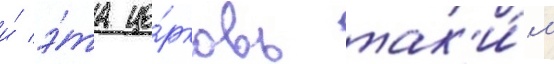
и́ э́та це́рковь так'и́м